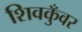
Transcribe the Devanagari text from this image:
शिवकुँवर